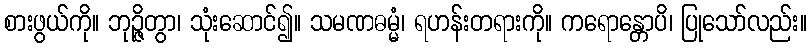
စားဖွယ်ကို။ ဘုဉ္ဇိတွာ၊ သုံးဆောင်၍။ သမဏဓမ္မံ၊ ရဟန်းတရားကို။ ကရောန္တောပိ၊ ပြုသော်လည်း။